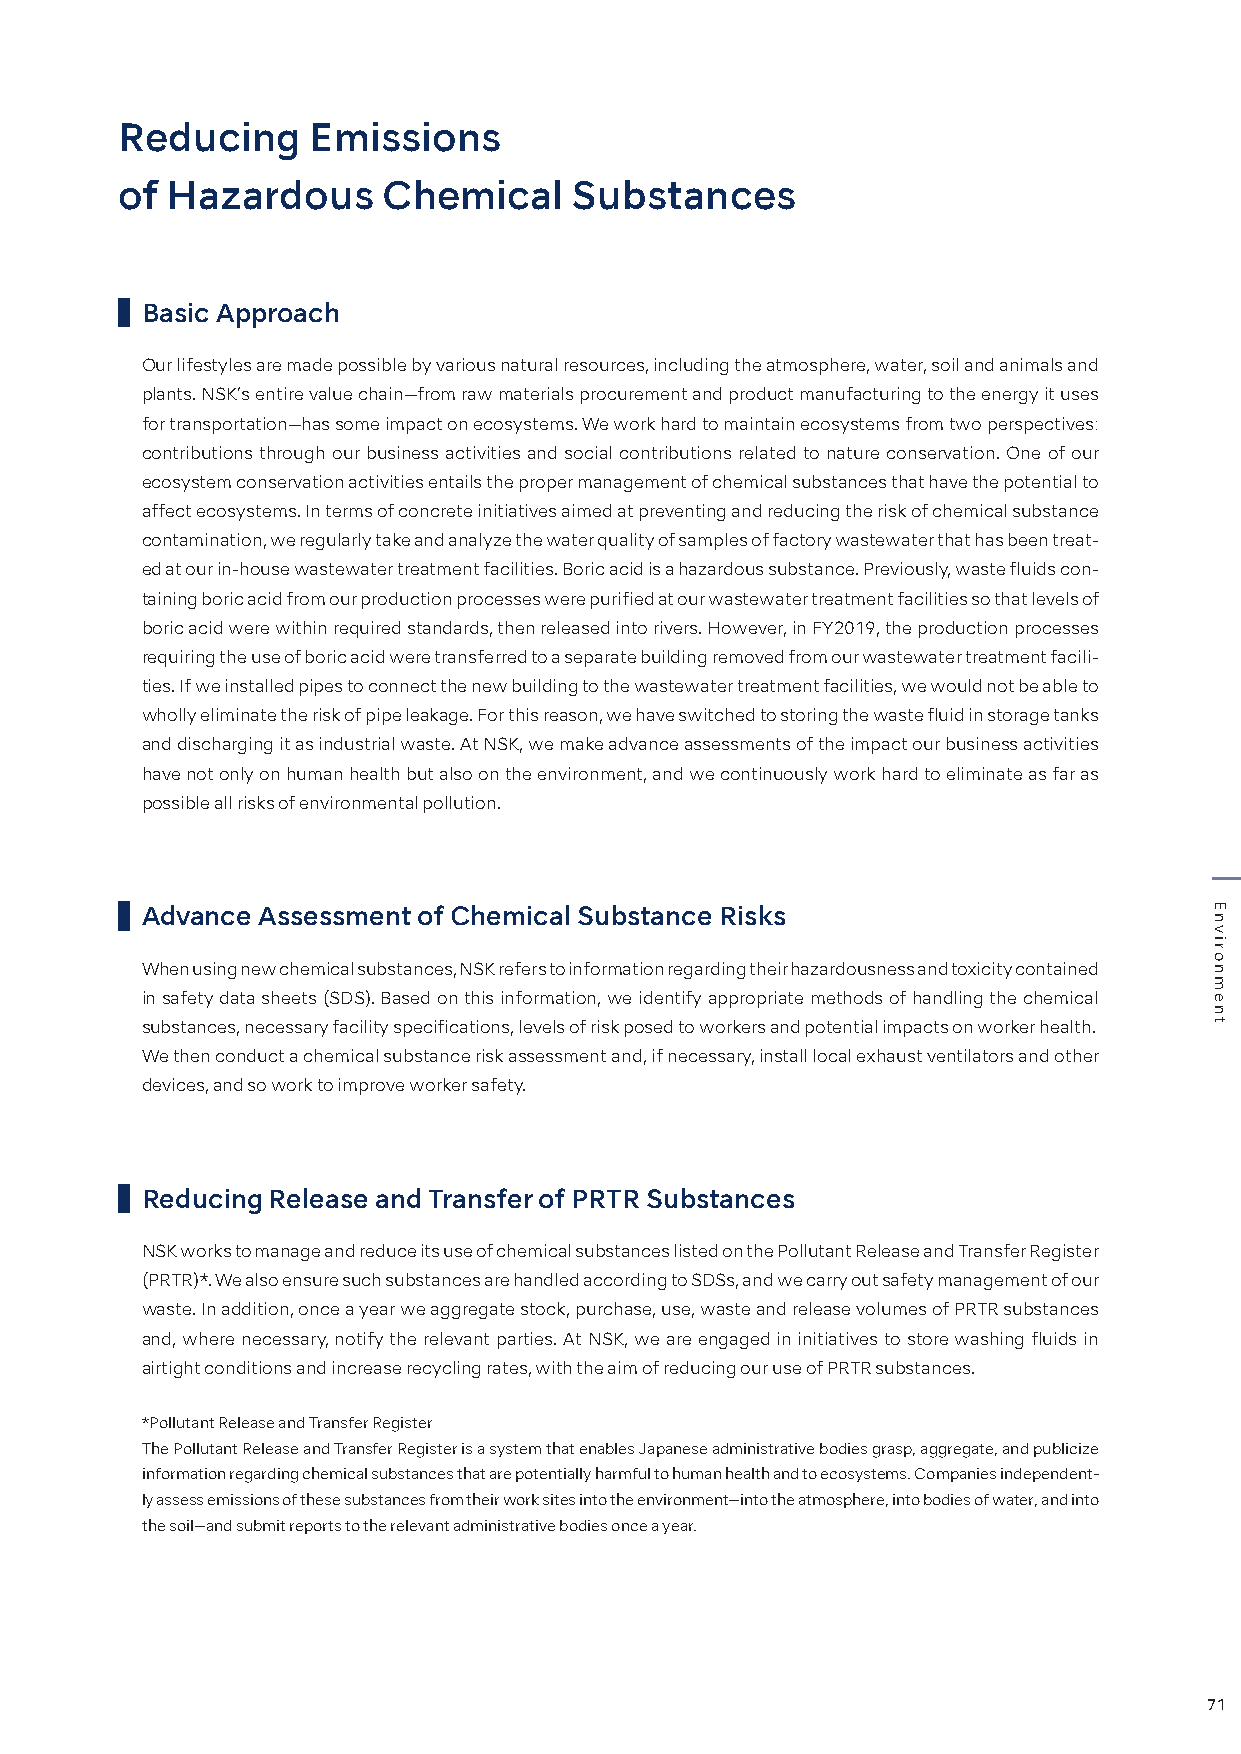
Reducing    Emissions
 of Hazardous     Chemical     Substances
 Basic Approach
 Our lifestyles are made possible by various natural resources, including the atmosphere, water, soil and animals and
 plants. NSK’s entire value chain—from raw materials procurement and product manufacturing to the energy it uses
 for transportation—has some impact on ecosystems. We work hard to maintain ecosystems from two perspectives:
 contributions through our business activities and social contributions related to nature conservation. One of our
 ecosystem conservation activities entails the proper management of chemical substances that have the potential to
 affect ecosystems. In terms of concrete initiatives aimed at preventing and reducing the risk of chemical substance
 contamination, we regularly take and analyze the water quality of samples of factory wastewater that has been treat-
 ed at our in-house wastewater treatment facilities. Boric acid is a hazardous substance. Previously, waste fluids con-
 taining boric acid from our production processes were purified at our wastewater treatment facilities so that levels of
 boric acid were within required standards, then released into rivers. However, in FY2019, the production processes
 requiring the use of boric acid were transferred to a separate building removed from our wastewater treatment facili-
 ties. If we installed pipes to connect the new building to the wastewater treatment facilities, we would not be able to
 wholly eliminate the risk of pipe leakage. For this reason, we have switched to storing the waste fluid in storage tanks
 and discharging it as industrial waste. At NSK, we make advance assessments of the impact our business activities
 have not only on human health but also on the environment, and we continuously work hard to eliminate as far as
 possible all risks of environmental pollution.
 Advance Assessment of Chemical Substance Risks
 When using new chemical substances, NSK refers to information regarding their hazardousness and toxicity contained
 in safety data sheets (SDS). Based on this information, we identify appropriate methods of handling the chemical
 substances, necessary facility specifications, levels of risk posed to workers and potential impacts on worker health.
 We then conduct a chemical substance risk assessment and, if necessary, install local exhaust ventilators and other
 devices, and so work to improve worker safety.
 Reducing Release and Transfer of PRTR Substances
 NSK works to manage and reduce its use of chemical substances listed on the Pollutant Release and Transfer Register
 (PRTR)*. We also ensure such substances are handled according to SDSs, and we carry out safety management of our
 waste. In addition, once a year we aggregate stock, purchase, use, waste and release volumes of PRTR substances
 and, where necessary, notify the relevant parties. At NSK, we are engaged in initiatives to store washing fluids in
 airtight conditions and increase recycling rates, with the aim of reducing our use of PRTR substances.
 *Pollutant Release and Transfer Register
 The Pollutant Release and Transfer Register is a system that enables Japanese administrative bodies grasp, aggregate, and publicize
 information regarding chemical substances that are potentially harmful to human health and to ecosystems. Companies independent-
 ly assess emissions of these substances from their work sites into the environment—into the atmosphere, into bodies of water, and into
 the soil—and submit reports to the relevant administrative bodies once a year.
 71
 Environment